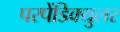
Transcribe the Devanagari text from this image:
परपेंडिक्युलर